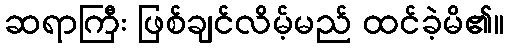
ဆရာကြီး ဖြစ်ချင်လိမ့်မည် ထင်ခဲ့မိ၏။